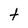
Character: t